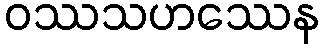
ဝဿသဟဿေန